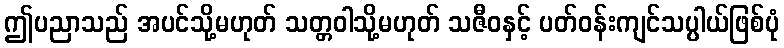
ဤပညာသည် အပင်သို့မဟုတ် သတ္တဝါသို့မဟုတ် သဇီဝနှင့် ပတ်ဝန်းကျင်သပ္ပါယ်ဖြစ်ပုံ